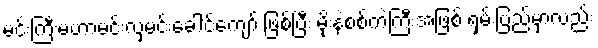
မင်းကြီးမဟာမင်းလှမင်းခေါင်ကျော် ဖြစ်ပြီး မိုးနဲစစ်ကဲကြီးအဖြစ် ရှမ်းပြည်မှာလည်း